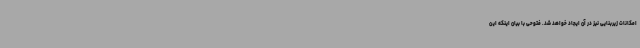
امکانات زیربنایی نیز در آن ایجاد خواهد شد. فتوحی با بیان اینکه این